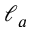
\ell _ { a }